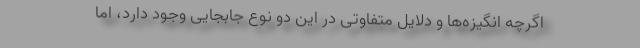
اگرچه انگیزه‌ها و دلایل متفاوتی در این دو نوع جابجایی وجود دارد، اما